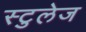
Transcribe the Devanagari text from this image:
स्टुलेज